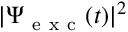
\vert \Psi _ { \mathrm { ~ e ~ x ~ c ~ } } ( t ) \vert ^ { 2 }